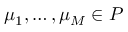
\ensuremath Ḋ \boldsymbol Ḋ \mu Ḍ Ḍ _ { 1 } , \dots , \ensuremath Ḋ \boldsymbol Ḋ \mu Ḍ Ḍ _ { M } \in \mathcal Ḋ P Ḍ